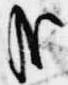
哉